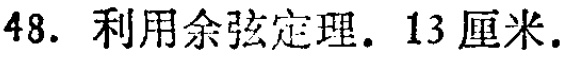
48. 利用余弦定理. 13 厘米.